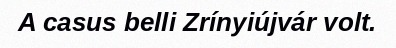
A casus belli Zrínyiújvár volt.